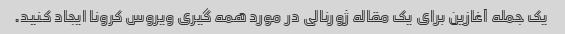
یک جمله آغازین برای یک مقاله ژورنالی در مورد همه گیری ویروس کرونا ایجاد کنید.